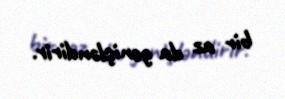
bir az da genişləndirir.